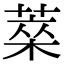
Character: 𦷞